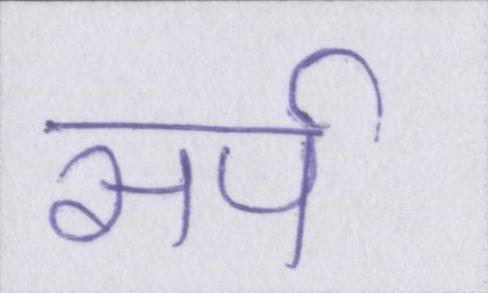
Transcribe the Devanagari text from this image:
सर्प